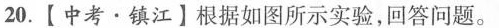
20.【中考·镇江】根据如图所示实验，回答问题。